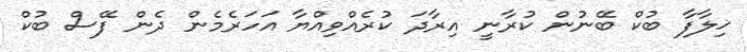
ޚިލާފާ ބުކް ބޭނުން ކުރާނީ އިރާދަ ކުރެއްވިއްޔާ އަހަރެމެން ދެން ފޭސް ބުކް